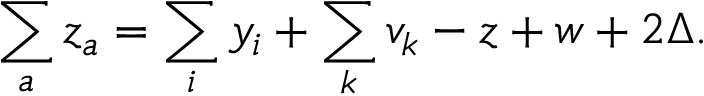
\sum _ { a } z _ { a } = \sum _ { i } y _ { i } + \sum _ { k } v _ { k } - z + w + 2 \Delta .